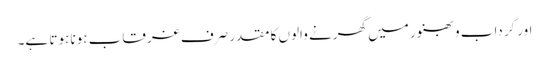
اور گرداب و بھنور میں گھرنے والوں کا مقدر صرف غرقاب ہونا ہوتا ہے۔